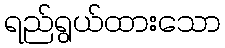
ရည်ရွယ်ထားသော